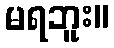
မရဘူး။